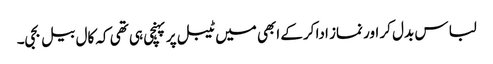
لباس بدل کر اور نماز ادا کرکے ابھی میں ٹیبل پر پہنچی ہی تھی کہ کال بیل بجی۔